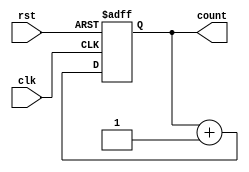
// Copyright 2022 .
// SPDX-License-Identifier: CC-BY-NC-ND-4.0

// 
module counter(
    clk,
    rst,
    count
);

input           clk, rst;
output [3:0]    count;

reg[3:0]        temp;
wire[3:0]       count;

assign count = temp;

always @(posedge clk or negedge rst) begin
    if(~rst) begin
        temp <= 0;
    end
    else begin
        temp <= temp + 1;
    end
end

endmodule